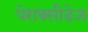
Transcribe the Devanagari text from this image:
पेराक्सीडेज